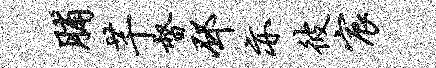
脯芊督邳亦彼宸